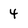
Character: 4